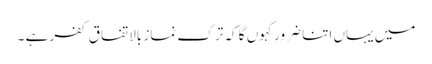
میں یہاں اتنا ضرور کہوں گا کہ ترک نماز بالاتفاق کفر ہے ۔